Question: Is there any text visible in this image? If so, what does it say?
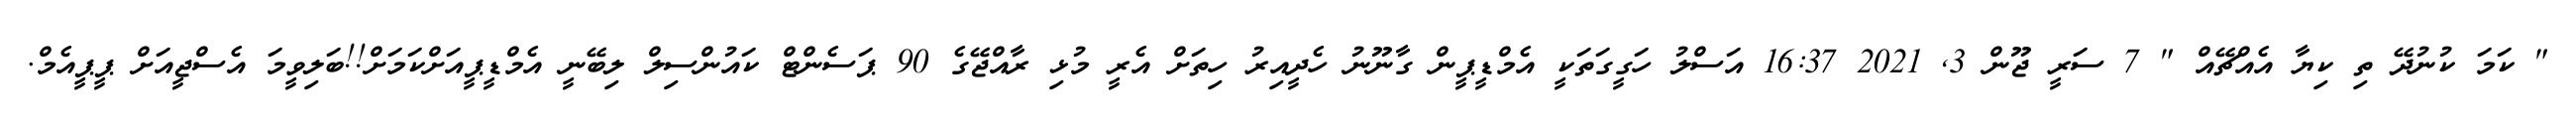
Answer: " ކަމަ ކުނުދޭ ތި ކިޔާ އެއްޗޭއް " 7 ސަރީ ޖޫން 3, 2021 16:37 އަސްލު ހަގީގަތަކީ އެމްޑީޕީން ގާނޫނު ހެދީއިރު ހިތަށް އެރީ މުޅި ރާއްޖޭގެ 90 ޕަސެންޓް ކައުންސިލް ލިބޭނީ އެމްޑީޕީއަށްކަމަށް!!ބަލިވީމަ އެސްޖީއަށް ޕީޕީއެމް.